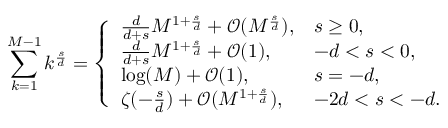
\sum _ { k = 1 } ^ { M - 1 } k ^ { \frac { s } { d } } = \left\{ \begin{array} { l l } { \frac { d } { d + s } M ^ { 1 + \frac { s } { d } } + \mathcal { O } ( M ^ { \frac { s } { d } } ) , } & { s \ge 0 , } \\ { \frac { d } { d + s } M ^ { 1 + \frac { s } { d } } + \mathcal { O } ( 1 ) , } & { - d < s < 0 , } \\ { \log ( M ) + \mathcal { O } ( 1 ) , } & { s = - d , } \\ { \zeta ( - \frac { s } { d } ) + \mathcal { O } ( M ^ { 1 + \frac { s } { d } } ) , } & { - 2 d < s < - d . } \end{array} \right.